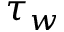
\tau _ { w }